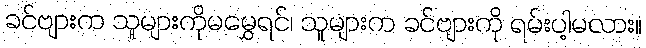
ခင်ဗျားက သူများကိုမမွှေရင်၊ သူများက ခင်ဗျားကို ရမ်းပါ့မလား။